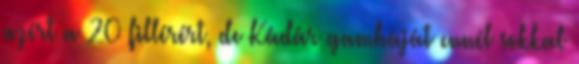
azért a 20 fillérért, de Kádár gambáját ennél sokkal